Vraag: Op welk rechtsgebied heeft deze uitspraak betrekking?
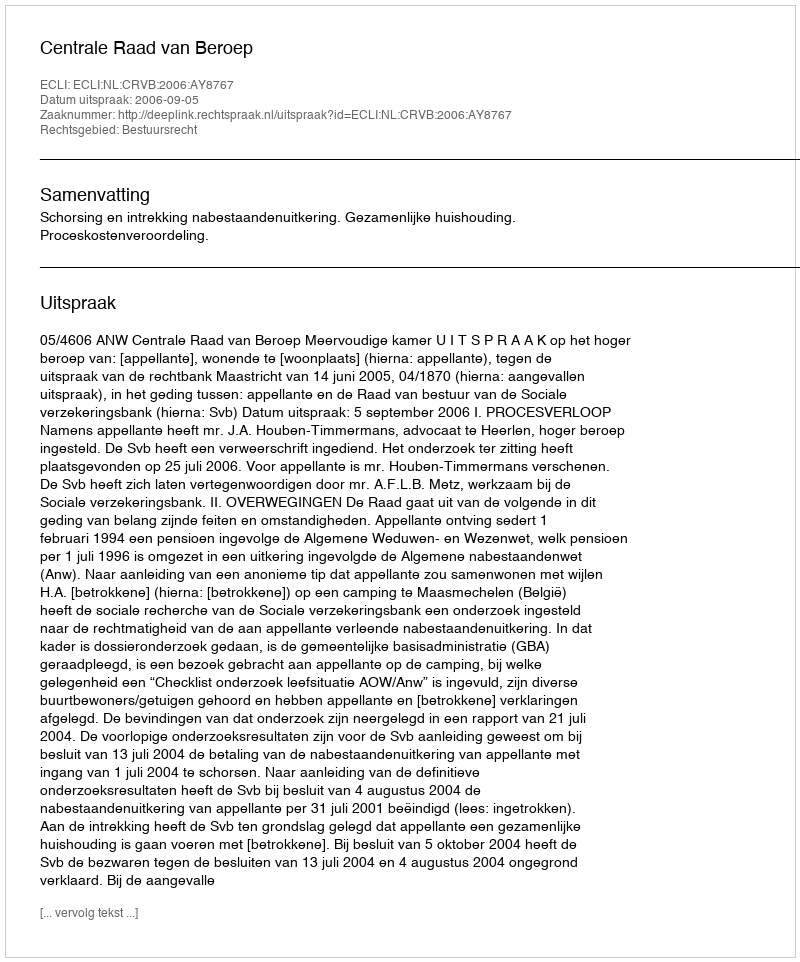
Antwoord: Bestuursrecht